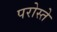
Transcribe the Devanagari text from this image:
परोस्ते